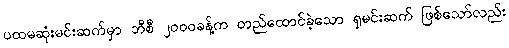
ပထမဆုံးမင်းဆက်မှာ ဘီစီ ၂၀၀၀ခန့်က တည်ထောင်ခဲ့သော ရှမင်းဆက် ဖြစ်သော်လည်း